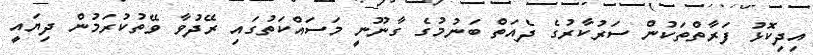
އިދިކޮޅު ފަރާތްތަކުން ސަރުކާރުގެ ދެއަތް ބަނުމުގެ ގާނޫނީ މަސައްކަތުގައި ރޭދުވާ ވޭތުކުރަމުން ދިޔައީ